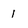
Character: l